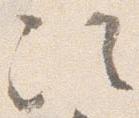
次